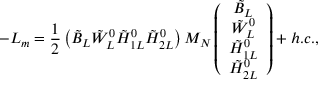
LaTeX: - { \cal L } _ { m } = \frac { 1 } { 2 } \left( \tilde { B } _ { L } \tilde { W } _ { L } ^ { 0 } \tilde { H } _ { 1 L } ^ { 0 } \tilde { H } _ { 2 L } ^ { 0 } \right) M _ { N } \left( \begin{array} { c } { { \tilde { B } _ { L } } } \\ { { \tilde { W } _ { L } ^ { 0 } } } \\ { { \tilde { H } _ { 1 L } ^ { 0 } } } \\ { { \tilde { H } _ { 2 L } ^ { 0 } } } \end{array} \right) + h . c . ,